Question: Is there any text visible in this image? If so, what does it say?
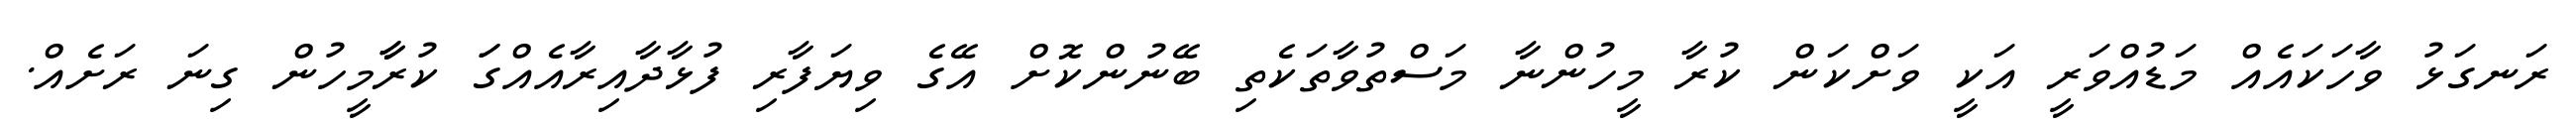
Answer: ރަނގަޅު ވާހަކައެއް މަޑުއްވަރީ އަކީ ވަށްކަން ކުރާ މީހުންނާ މަސްތުވާތަކެތި ބޭނުންކޮށް އޭގެ ވިޔަފާރި ފުޅާދާއިރާއެއްގަަ ކުރާާމީހުން ގިނަ ރަށެއް.